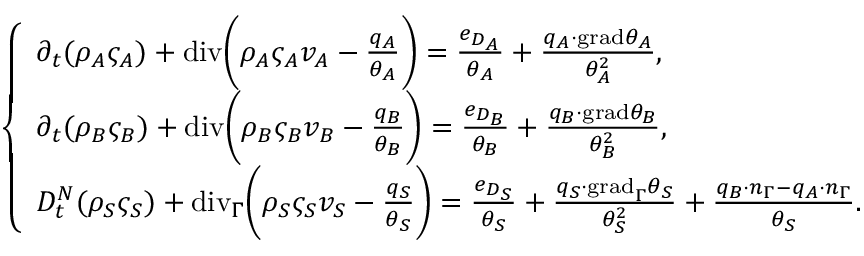
\left\{ \begin{array} { l l } { \partial _ { t } ( \rho _ { A } \varsigma _ { A } ) + \mathrm { { d i v } } \bigg ( \rho _ { A } \varsigma _ { A } v _ { A } - \frac { q _ { A } } { \theta _ { A } } \bigg ) = \frac { e _ { D _ { A } } } { \theta _ { A } } + \frac { q _ { A } \cdot { \mathrm { g r a d } } \theta _ { A } } { \theta _ { A } ^ { 2 } } , } \\ { \partial _ { t } ( \rho _ { B } \varsigma _ { B } ) + \mathrm { { d i v } } \bigg ( \rho _ { B } \varsigma _ { B } v _ { B } - \frac { q _ { B } } { \theta _ { B } } \bigg ) = \frac { e _ { D _ { B } } } { \theta _ { B } } + \frac { q _ { B } \cdot { \mathrm { g r a d } } \theta _ { B } } { \theta _ { B } ^ { 2 } } , } \\ { D _ { t } ^ { N } ( \rho _ { S } \varsigma _ { S } ) + \mathrm { { d i v } } _ { \Gamma } \bigg ( \rho _ { S } \varsigma _ { S } v _ { S } - \frac { q _ { S } } { \theta _ { S } } \bigg ) = \frac { e _ { D _ { S } } } { \theta _ { S } } + \frac { q _ { S } \cdot { \mathrm { g r a d } } _ { \Gamma } \theta _ { S } } { \theta _ { S } ^ { 2 } } + \frac { q _ { B } \cdot n _ { \Gamma } - q _ { A } \cdot n _ { \Gamma } } { \theta _ { S } } . } \end{array} \right.